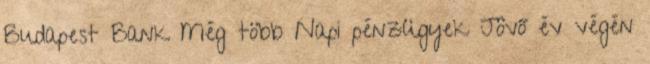
Budapest Bank Még több Napi pénzügyek Jövő év végén